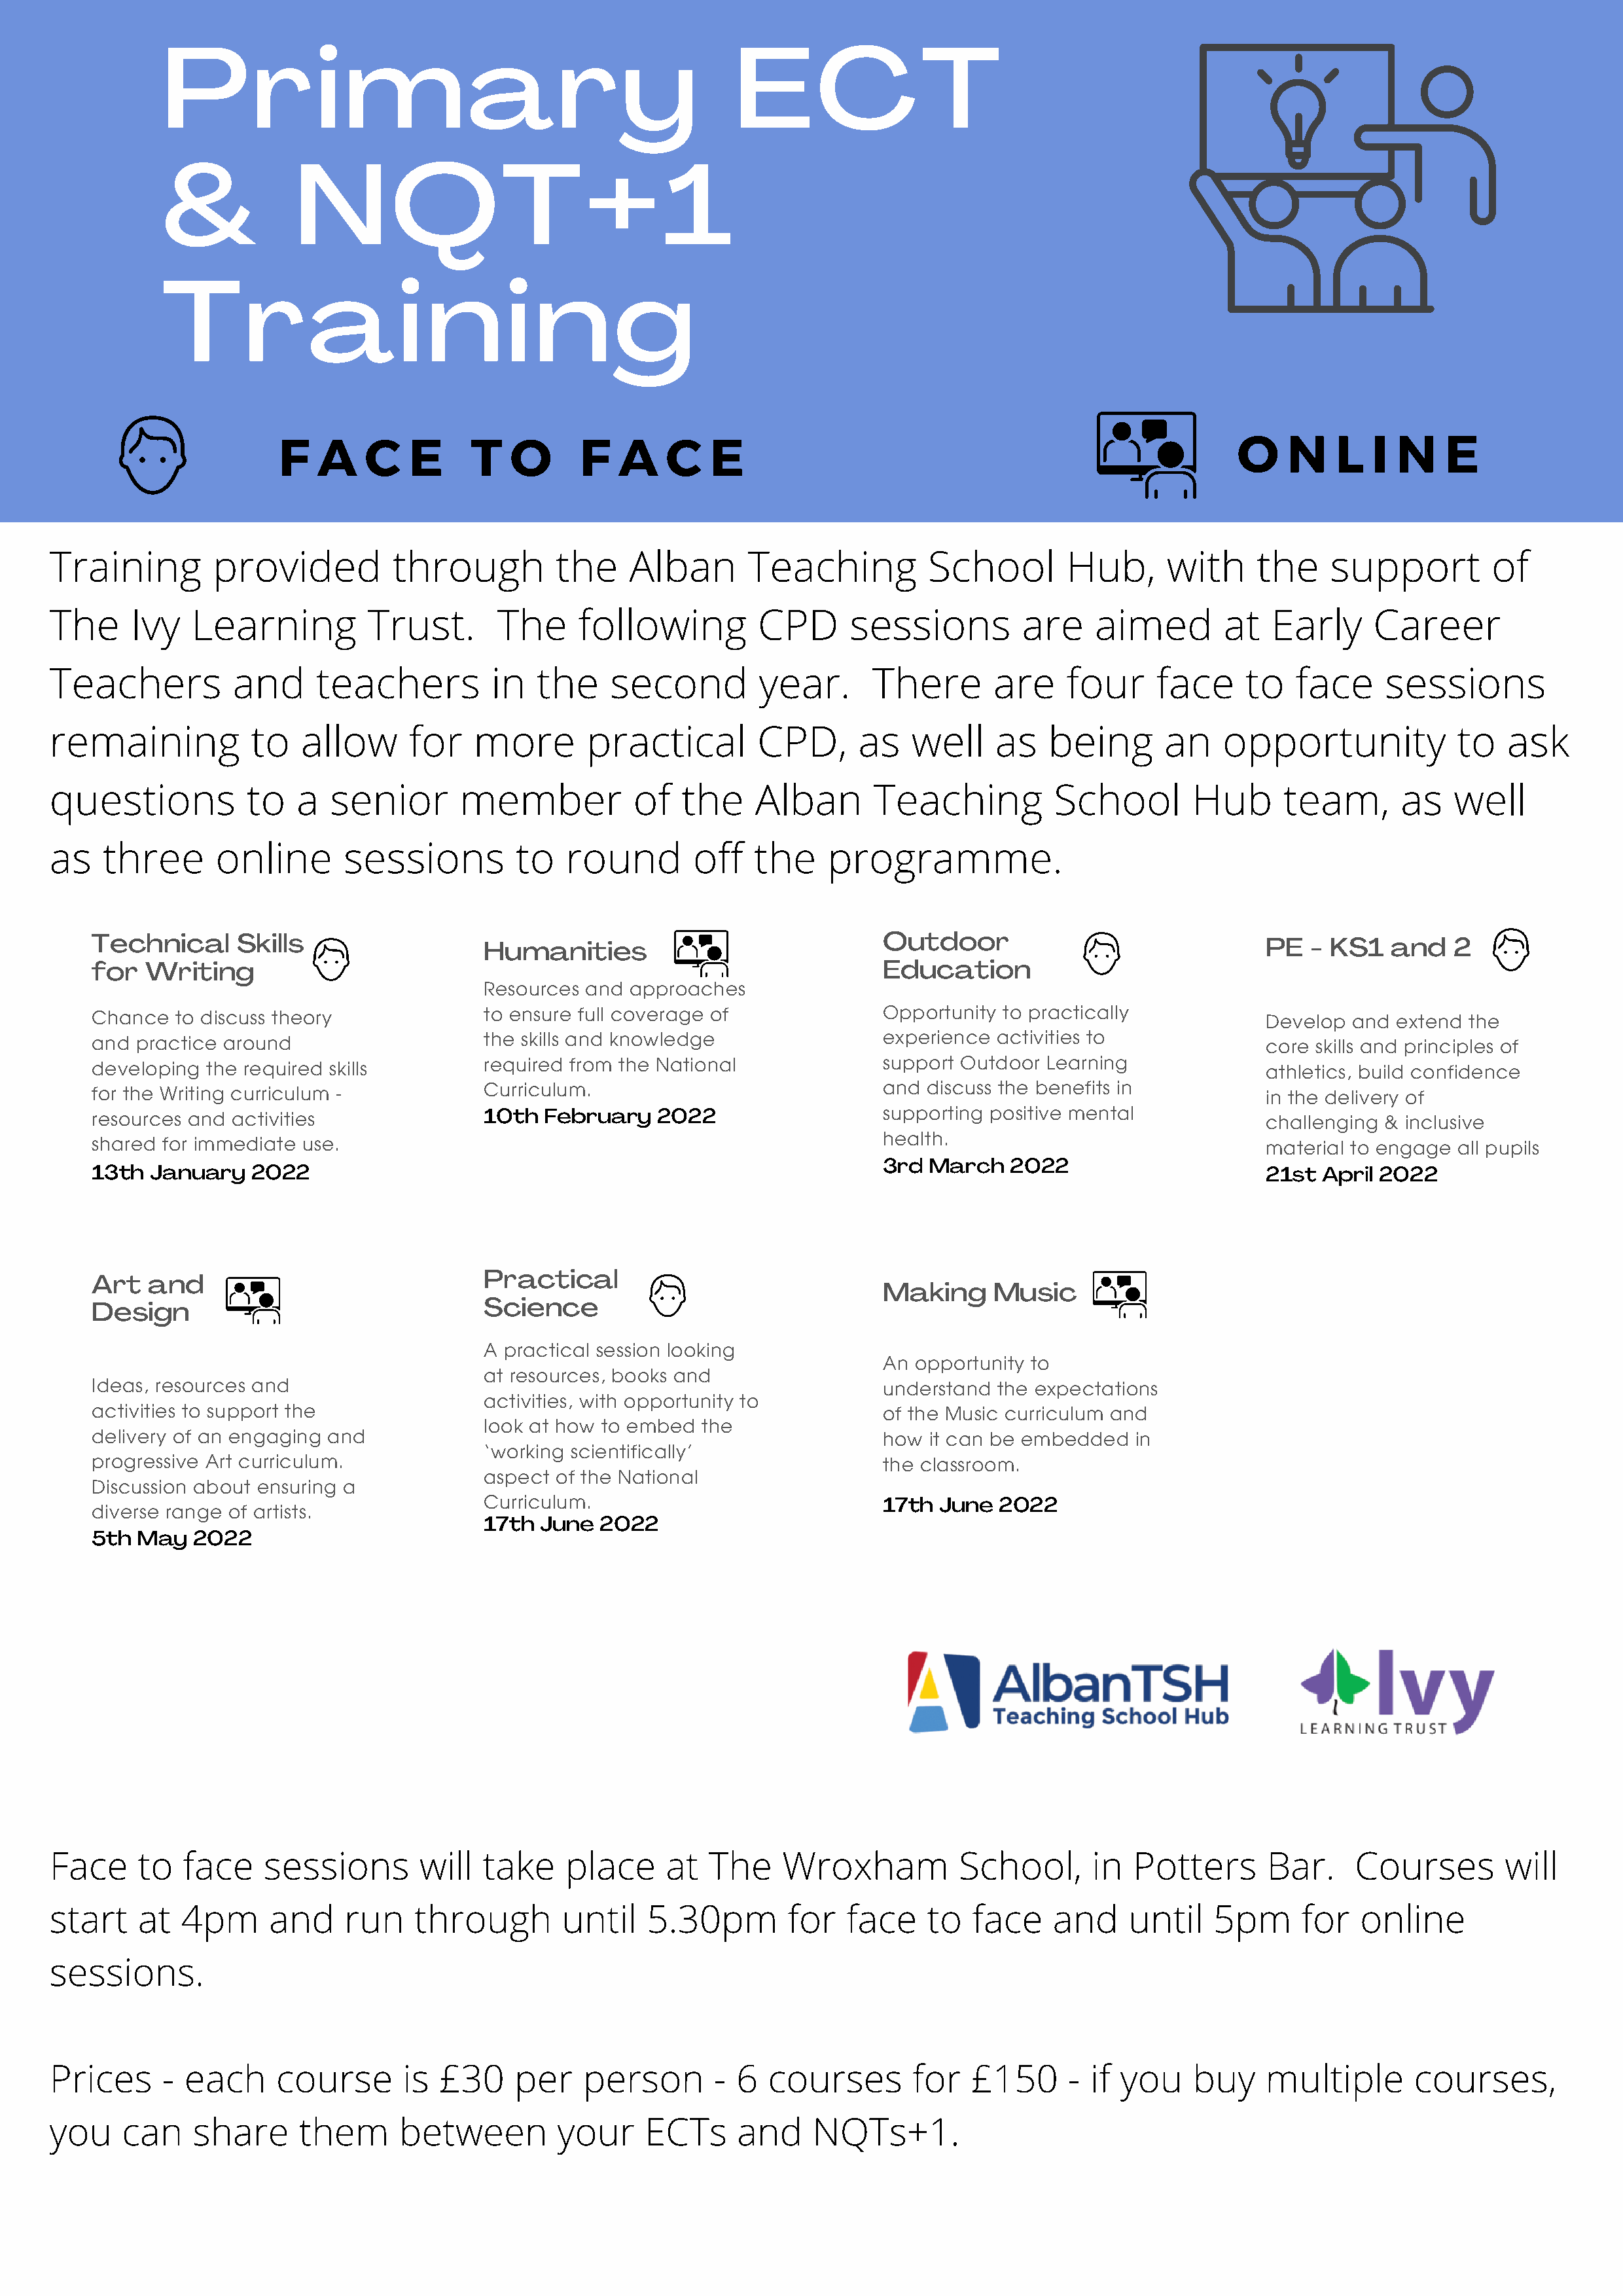
Primary                                                   ECT
 &             NQT+1
 Training
 F   A    C   E      T   O      F   A   C    E                                                    O    N    L   I N    E
 Training         provided          through         the     Alban       Teaching          School        Hub,      with     the     support         of
 The     Ivy   Learning          Trust.       The     following          CPD      sessions         are     aimed        at   Early     Career
 Teachers           and     teachers          in  the     second         year.      There       are     four     face     to   face     sessions
 remaining           to   allow      for    more       practical         CPD,      as   well     as   being       an    opportunity            to   ask
 questions           to   a  senior       member            of   the    Alban       Teaching           School        Hub      team,       as   well
 as   three       online       sessions         to   round        off   the     programme.
 Technical      Skills                                                           Outdoor
 Humanities                                                                     PE   - KS1   and   2
 for   Writing                                                                   Education
 Resources and  approaches
 Chance   to discuss theory              to ensure full coverage of              Opportunity to practically             Develop  and extend  the
 and  practice around                    the skills and knowledge                experience  activities to              core skills and principles of
 developing  the required skills         required from the National              support Outdoor  Learning              athletics, build confidence
 for the Writing curriculum -            Curriculum.                             and  discuss the benefits in           in the delivery of
 resources and activities                10th  February   2022                   supporting positive mental             challenging & inclusive
 health.
 shared for immediate  use.                                                                                             material to engage all pupils
 3rd  March   2022
 13th  January   2022                                                                                                   21st  April 2022
 Practical
 Art   and
 Making     Music
 Science
 Design
 A practical session looking
 An  opportunity to
 at resources, books and
 Ideas, resources and                                                            understand  the expectations
 activities, with opportunity to
 activities to support the                                                       of the Music curriculum and
 look at how to embed  the
 delivery of an engaging and                                                     how  it can be embedded   in
 ‘working scientifically’
 progressive Art curriculum.                                                     the classroom.
 aspect of the National
 Discussion about ensuring a
 Curriculum.                             17th  June  2022
 diverse range of artists.
 17th  June  2022
 5th  May   2022
 Face     to   face    sessions       will   take    place     at   The    Wroxham           School,      in   Potters      Bar.     Courses        will
 start    at  4pm      and     run    through        until   5.30pm         for   face    to  face    and     until    5pm      for   online
 sessions.
 Prices     -  each     course       is £30     per    person       - 6   courses       for   £150      - if you     buy    multiple       courses,
 you    can    share      them      between         your     ECTs      and    NQTs+1.